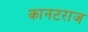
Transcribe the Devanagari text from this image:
कानटराज